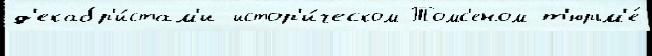
д'екабр'и́стам'и истор'и́ческом Томс'еном т'юрьм'е́